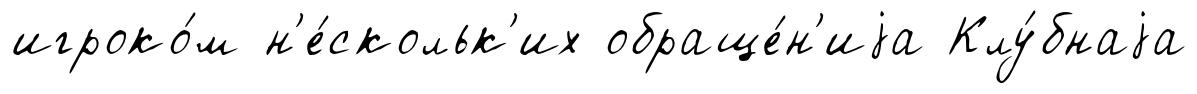
игроко́м н'е́скольк'их обраще́н'иjа Клу́бнаjа